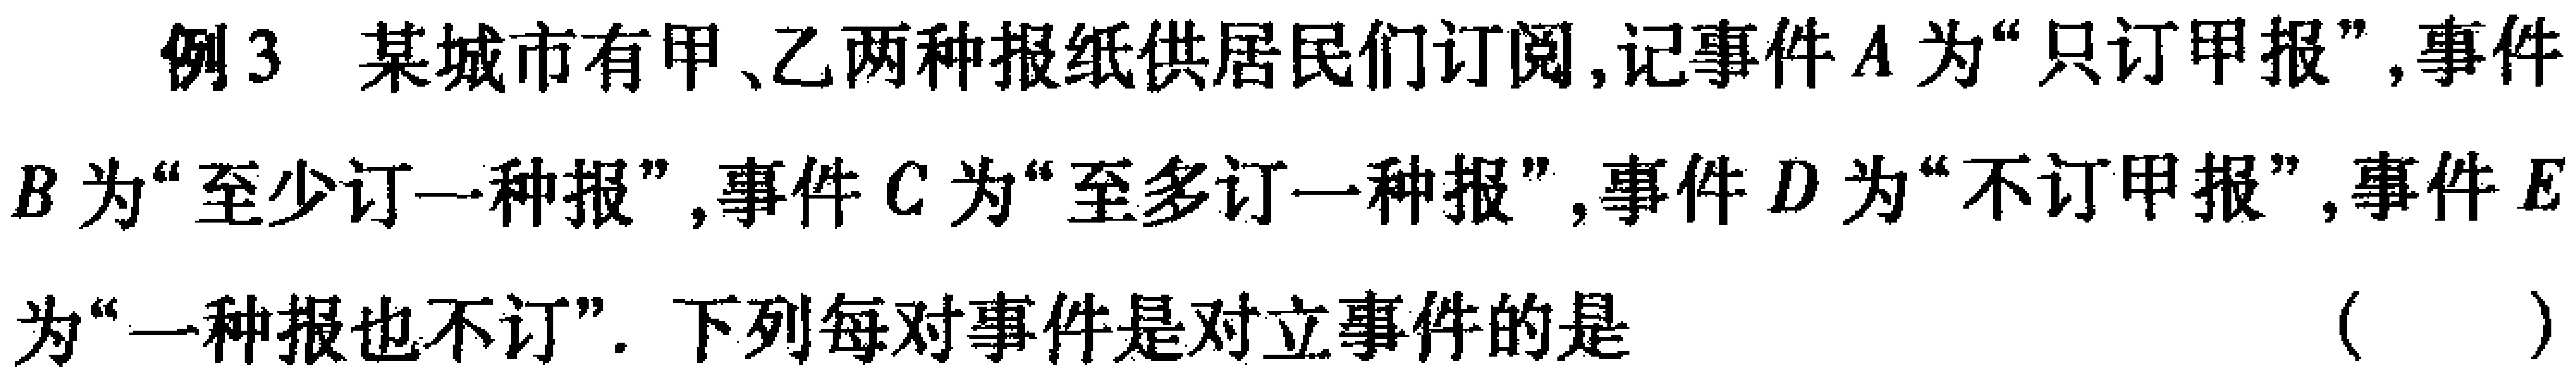
例3 某城市有甲、乙两种报纸供居民们订阅,记事件\(A\)为“只订甲报”,事件\(B\)为“至少订一种报”,事件\(C\)为“至多订一种报”,事件\(D\)为“不订甲报”,事件\(E\)为“一种报也不订”. 下列每对事件是对立事件的是 （  ）